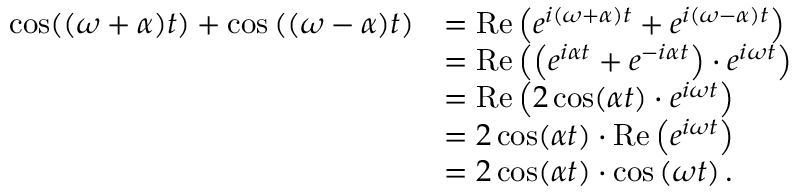
{ \begin{array} { r l } { \cos ( ( \omega + \alpha ) t ) + \cos \left( ( \omega - \alpha ) t \right) } & { = \operatorname { R e } \left( e ^ { i ( \omega + \alpha ) t } + e ^ { i ( \omega - \alpha ) t } \right) } \\ & { = \operatorname { R e } \left( \left( e ^ { i \alpha t } + e ^ { - i \alpha t } \right) \cdot e ^ { i \omega t } \right) } \\ & { = \operatorname { R e } \left( 2 \cos ( \alpha t ) \cdot e ^ { i \omega t } \right) } \\ & { = 2 \cos ( \alpha t ) \cdot \operatorname { R e } \left( e ^ { i \omega t } \right) } \\ & { = 2 \cos ( \alpha t ) \cdot \cos \left( \omega t \right) . } \end{array} }